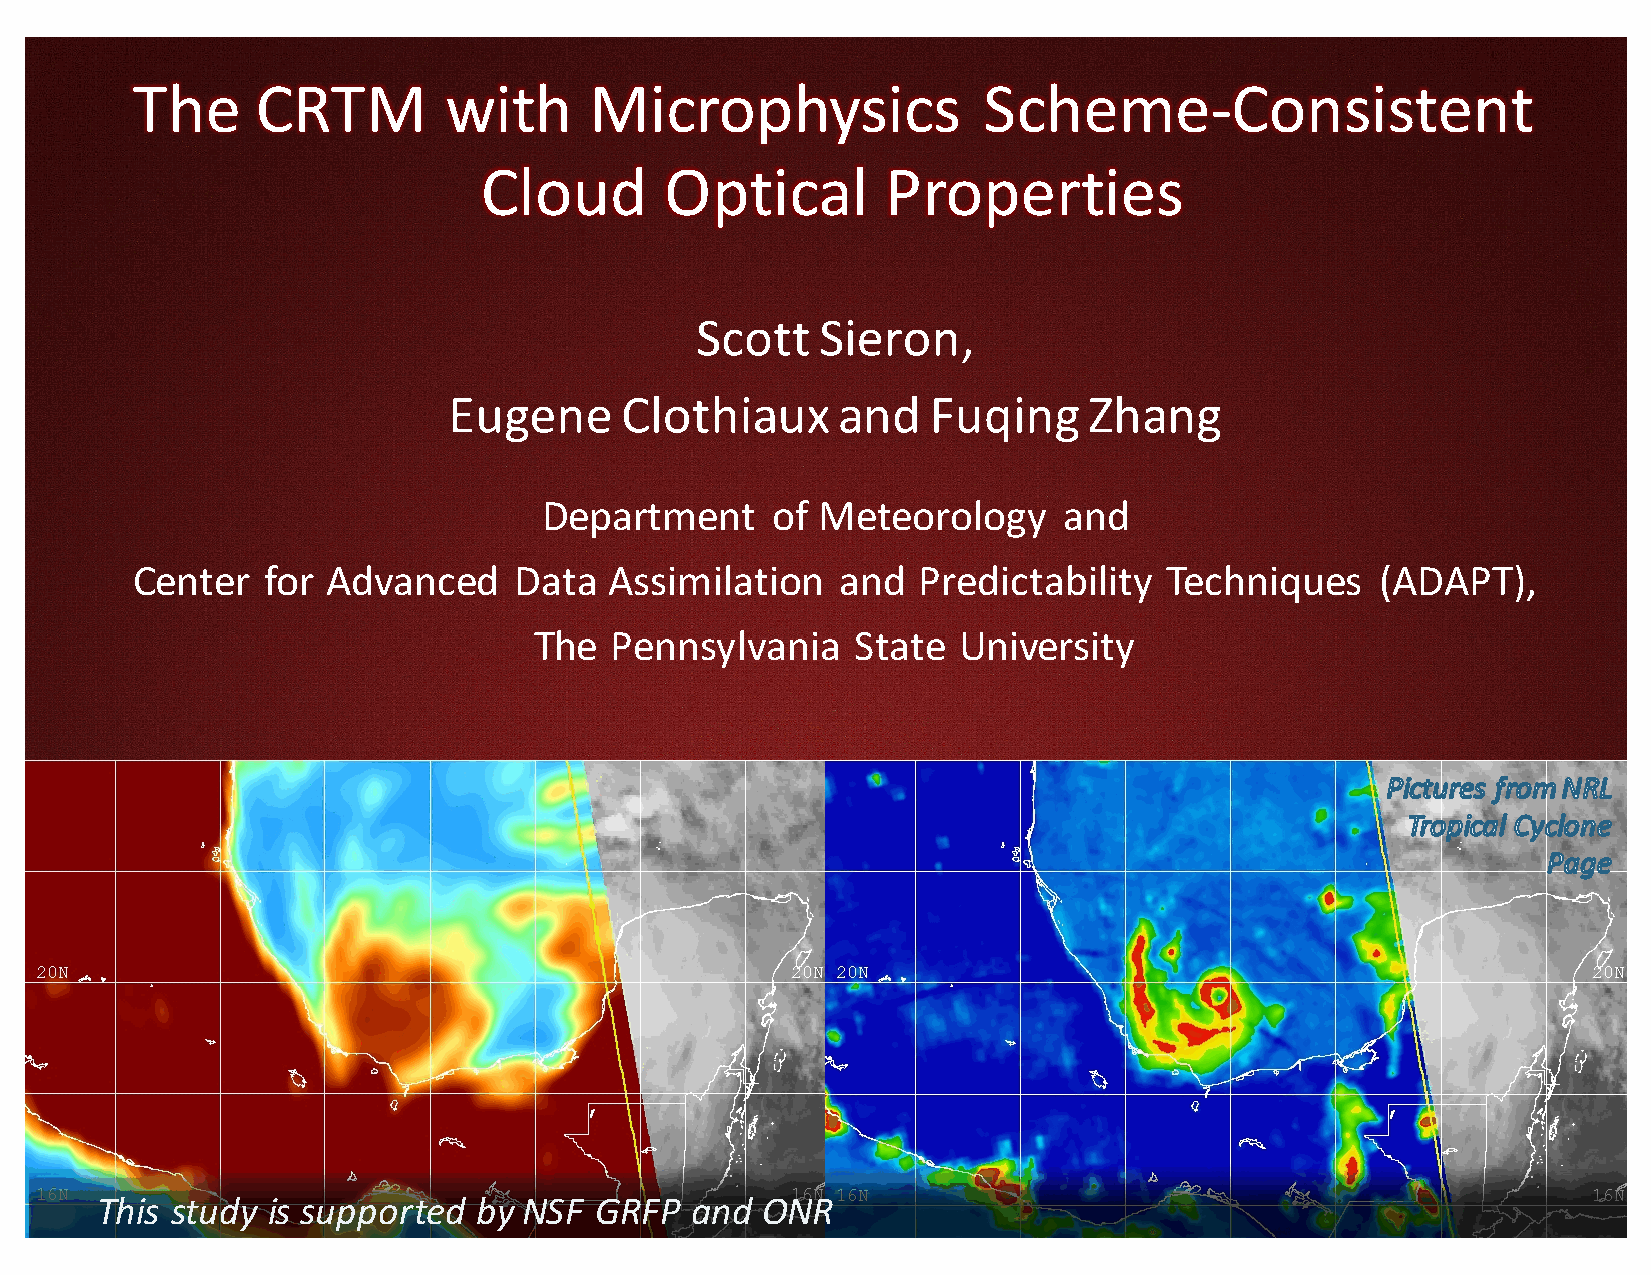
The     CRTM        with      Microphysics              Scheme-Consistent
 Cloud       Optical        Properties
 Scott   Sieron,
 Eugene     Clothiaux     and    Fuqing    Zhang
 Department     of Meteorology     and
 Center   for Advanced    Data  Assimilation    and  Predictability  Techniques    (ADAPT),
 The  Pennsylvania     State University
 This study  is supported  by NSF GRFP   and ONR